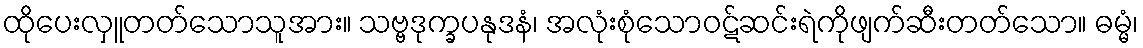
ထိုပေးလှူတတ်သောသူအား။ သဗ္ဗဒုက္ခပနုဒနံ၊ အလုံးစုံသောဝဋ်ဆင်းရဲကိုဖျက်ဆီးတတ်သော။ ဓမ္မံ၊